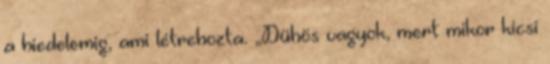
a hiedelemig, ami létrehozta. „Dühös vagyok, mert mikor kicsi